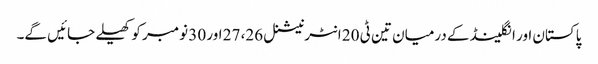
پاکستان اور انگلینڈ کے درمیان تین ٹی 20 انٹرنیشنل 26، 27 اور 30 نومبر کو کھیلے جائیں گے۔